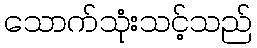
သောက်သုံးသင့်သည်